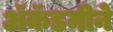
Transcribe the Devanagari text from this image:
ॲकॅडमीने